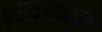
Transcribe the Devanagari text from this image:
डायन्थस